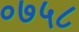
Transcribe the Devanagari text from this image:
०७५८